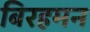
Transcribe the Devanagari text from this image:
बिरहमन